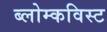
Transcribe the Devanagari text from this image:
ब्लोम्कविस्ट